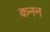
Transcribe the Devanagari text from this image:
कनन